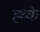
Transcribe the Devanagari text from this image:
ह्थ्के